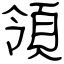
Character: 領